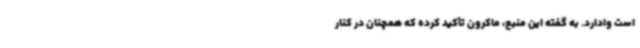
است وادارد. به گفته این منبع، ماکرون تأکید کرده که همچنان در کنار